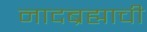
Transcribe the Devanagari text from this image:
नादब्रह्माची